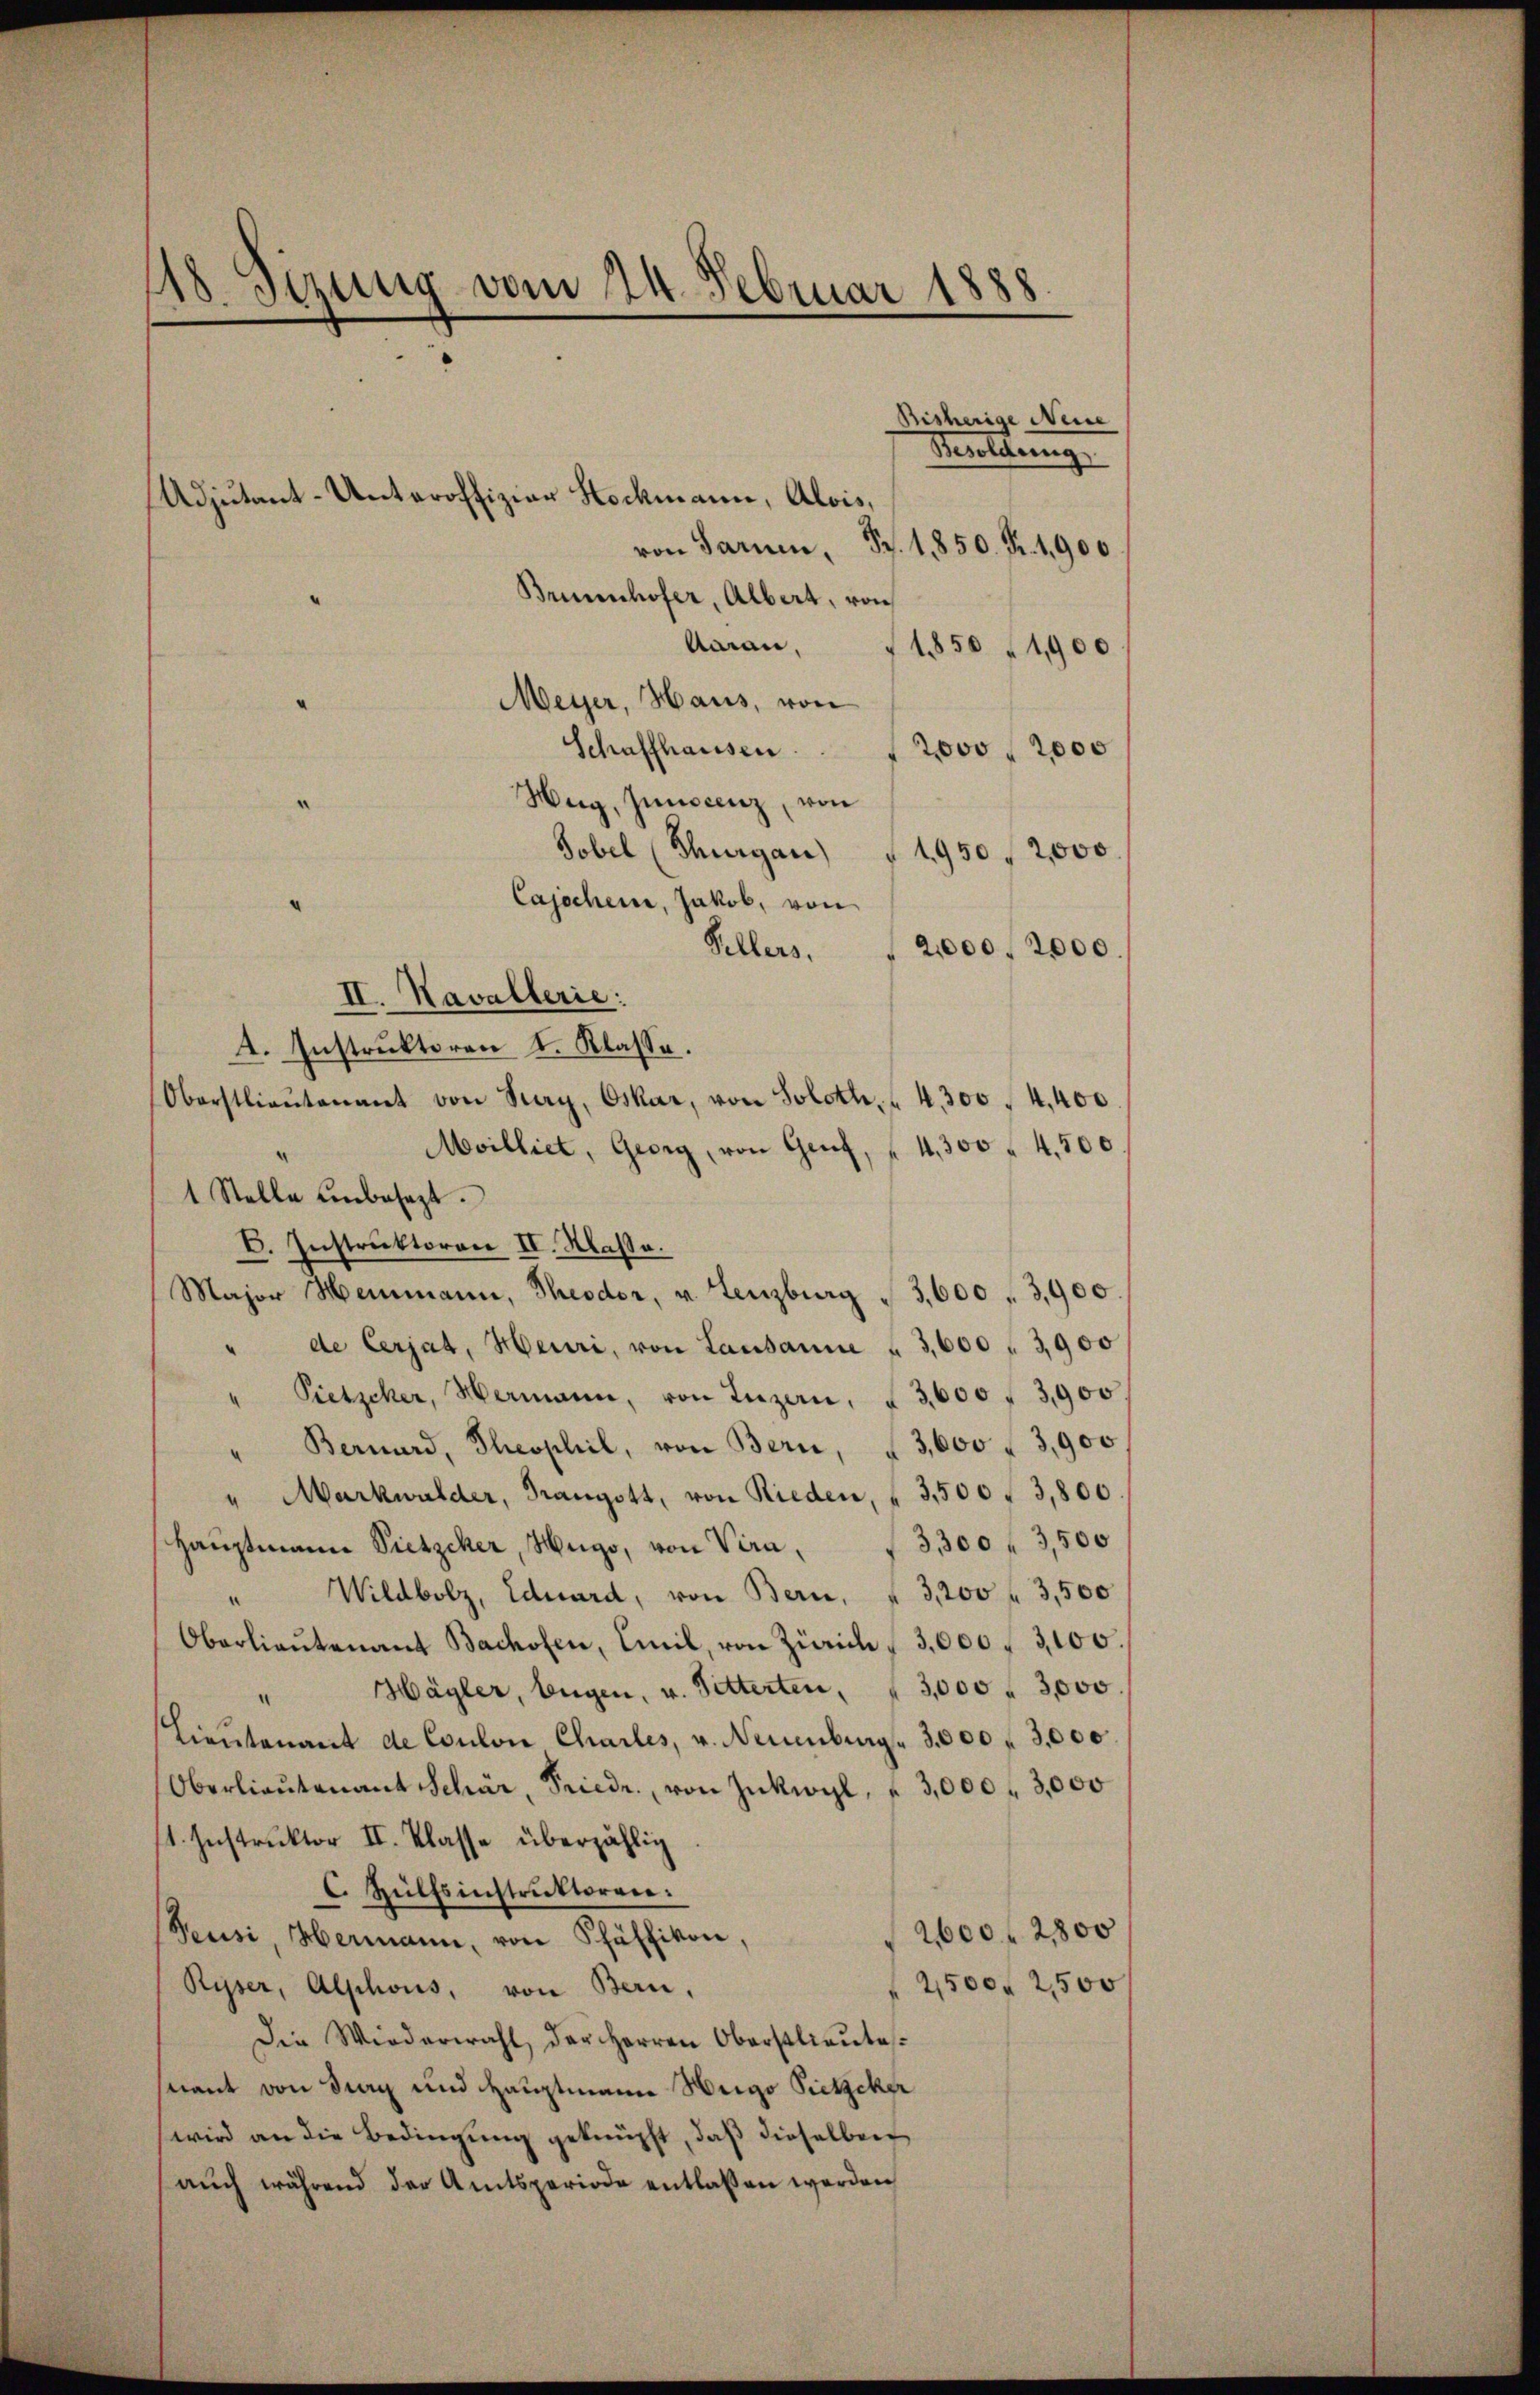
18. Stzung vom 24. Februar 1888.

Adjutant-Unteroffiziar Hockmann, Alois,

von Sarnen, Sr. 1850. Fr. 1900
Brinenhofer, Albert, von
Aarau,
1850 (1900
Meyer, Haus, von
Schaffhausen
2000 f 2000
Hug, Junocenz, von
Zobel (Thurgau § 1950 f 2,000
Cajschein, Jakob, von
Sellers.
2,000, 2000
II. Kavallerie:
4. Instruktoren I. Klasse.
Oberstlieutenant von Sarg, Oskar, von Soloth. " 4300 " 4,400
Moilliet, Georg, von Genf, " 4300 " 4,500.
1 Stelle unbesezt.
C. Instruktoren II. Klasse.
Major Heimann, Theodor, u. Lenzburg " 3,600 " 3,900
" de Cerjat, Heuri, von Lausanne u 3,600 " 3,900
" Pietscher, Hermann, von Luzern, § 3,600 f 3,900
Bernard, Theopheil, von Bern, 3,600 " 3,900.
" Markwalder, Tangott, von Rieden, " 3,500 " 3,800
3,300 f 3,500
Hauptmann Pietscher, Hugo, von Veran,
Wildbolz, Eduard, von Bern, " 3,200 f 3,500
Oberlieŭtenant Bachofen, Emil, von Zürich 3,000 f 3,100.
" Hägler, Eugen, u. Fetterten, " 3,000 " 3,000.
Lieutenant de Coulon Charles, v. Neuenburg. 3000 f 3,000
Oberlieŭtenant Schür, Friedr. von Inkwyl, " 3,000 f 3,000
1. Instruktor II. Klasse überzählig
C. Hülfsinstruktoren.
2600 f 2800
Feusi, Hermann, von Pfäffikon,
2,500. 2500
Ryser, Alphons, von Bern,
Die Wiederwahl der Herren Oberstlieutes.
nant von Sieg und Hauptmann Weige Pieticker
wird an die Bedingung geknüpft, daß dieselben
aŭch während der Amtsperiode entlassen werden

Bisherige Neine
Besoldung